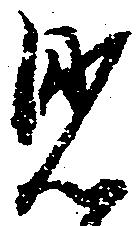
見